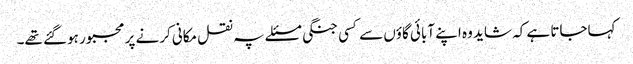
کہاجاتا ہے کہ شاید وہ اپنے آبائی گاؤں سے کسی جنگی مسئلے پہ نقل مکانی کرنے پر مجبور ہوگئے تھے۔